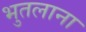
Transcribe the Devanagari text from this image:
भुतलाना